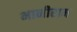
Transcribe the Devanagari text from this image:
भानीराम